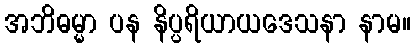
အဘိဓမ္မာ ပန နိပ္ပရိယာယဒေသနာ နာမ။